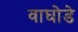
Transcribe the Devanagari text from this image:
वाघोडे